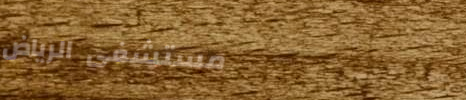
مستشفى الرياض